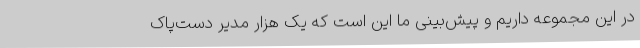
در این مجموعه داریم و پیش‌بینی ما این است که یک هزار مدیر دست‌پاک